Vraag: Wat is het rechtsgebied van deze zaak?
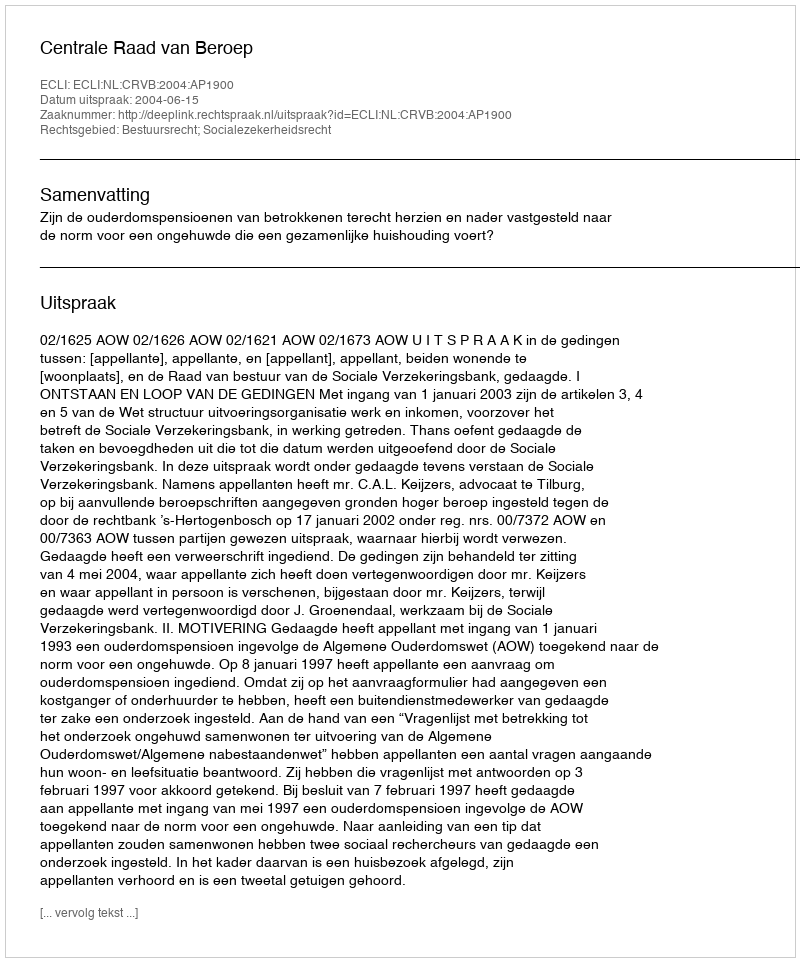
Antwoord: Bestuursrecht; Socialezekerheidsrecht